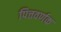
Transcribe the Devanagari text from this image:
पित्तवर्णक